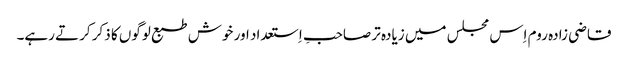
قاضی زادہ روم اِس مجلس میں زیادہ تر صاحبِ اِستعداد اور خوش طبع لوگوں کا ذکر کرتے رہے۔